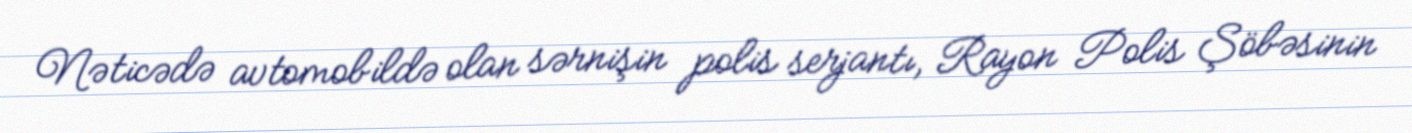
Nəticədə avtomobildə olan sərnişin polis serjantı, Rayon Polis Şöbəsinin